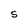
Character: S